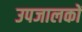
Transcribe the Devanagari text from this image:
उपजालकों